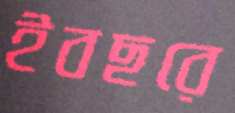
ইবছরে